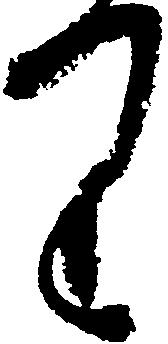
り